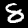
Digit: 8